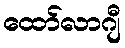
ထော်လာဂျီ